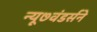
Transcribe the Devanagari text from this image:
न्यू७वंडर्सने